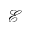
\mathcal { E }